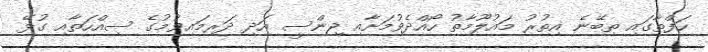
ހަފްތާގައި ތިބޭނެ އިތުރު މައުލޫމާތު ހޯއްދެވުމަށާއި ޖިންސީ އަދި ދަރިމައިވުމުގެ ސިއްހަތާއި ގުޅޭ